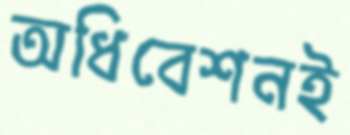
অধিবেশনই